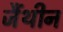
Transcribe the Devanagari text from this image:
जैंथीन